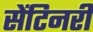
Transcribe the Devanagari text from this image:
सेंटिनरी